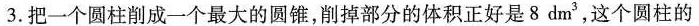
3.把一个圆柱削成一个最大的圆锥，削掉部分的体积正好是8dm^{3}，这个圆柱的